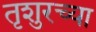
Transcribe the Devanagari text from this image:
तृशुरच्या